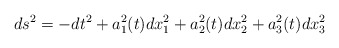
\begin{align*}ds^{2} = -dt^{2} + a_{1}^{2}(t)dx_{1}^{2} + a_{2}^{2} (t)dx_{2}^{2}+ a_{3}^{2} (t)dx_{3}^{2}\end{align*}